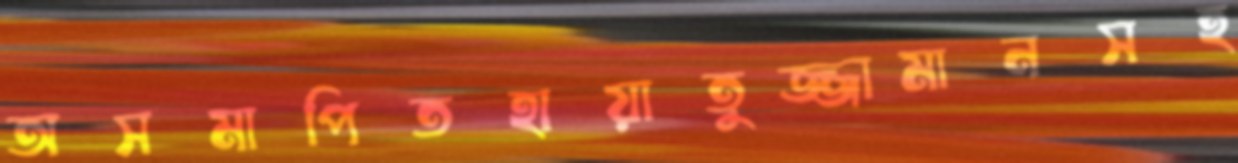
অসমাপিতহায়াতুজ্জামানসহ